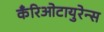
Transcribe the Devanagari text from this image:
कँरिओटायुरेन्स